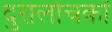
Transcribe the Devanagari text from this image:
दुरालोचकों